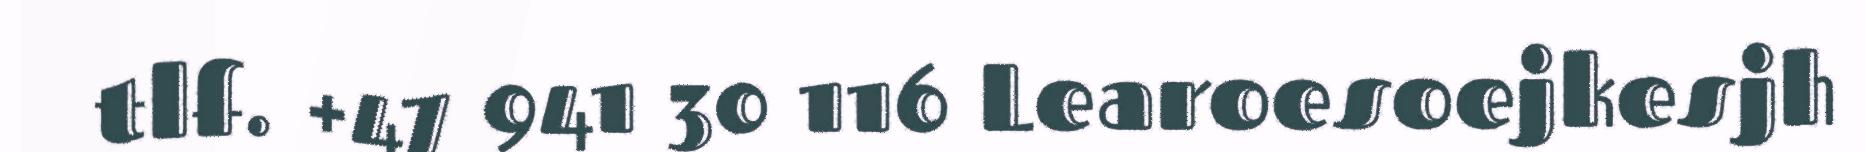
tlf. +47 941 30 116 Learoesoejkesjh